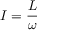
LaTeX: I = { \frac { L } { \omega } }